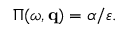
\Pi ( \omega , { \bf q } ) = \alpha / \varepsilon .